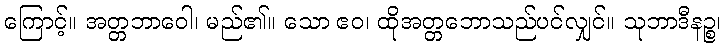
ကြောင့်။ အတ္တဘာဝေါ၊ မည်၏။ သော ဧဝ၊ ထိုအတ္တဘောသည်ပင်လျှင်။ သုဘာဒီနဉ္စ၊